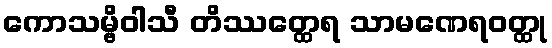
ကောသမ္ဗိဝါသီ တိဿတ္ထေရ သာမဏေရဝတ္ထု